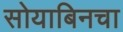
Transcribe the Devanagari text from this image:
सोयाबिनचा